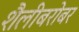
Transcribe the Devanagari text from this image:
शैलीबरोबर